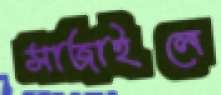
সাজাইলে